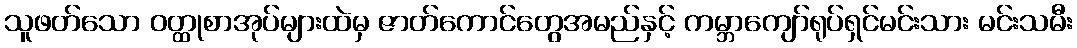
သူဖတ်သော ဝတ္ထုစာအုပ်များထဲမှ ဇာတ်ကောင်တွေအမည်နှင့် ကမ္ဘာကျော်ရုပ်ရှင်မင်းသား မင်းသမီး